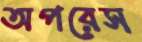
অপরেস